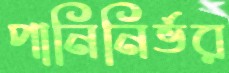
পানিনির্ভর